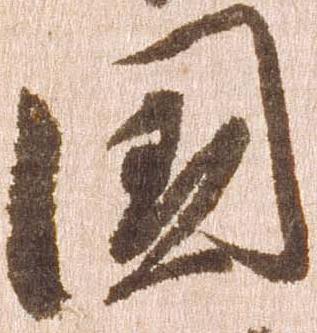
国